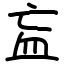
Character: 衁